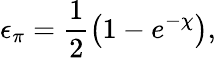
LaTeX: \epsilon_{\pi}=\frac{1}{2}\left(1-e^{-\chi}\right),